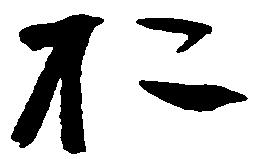
於